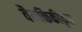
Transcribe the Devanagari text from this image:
वैयक्तिकीकृत